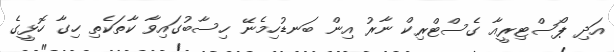
އަދި ޕޯސްޓިރީއާ ގެސްޓްރިކް ނާރު އިން ބަނޑުހިމެނޭ ހިސާބުގައިވާ ކާތަކެތި ހިގާ ހޮޅީގެ